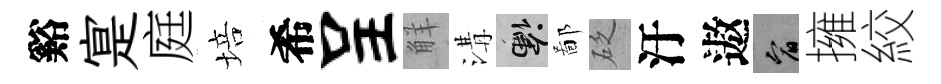
谿寔庭培希呈觧溝懸鄙砭汙遨宥擁絞